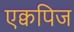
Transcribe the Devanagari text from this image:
एक्वपिज